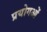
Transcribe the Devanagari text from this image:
प्रयोगओं